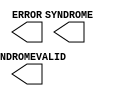
// $Header: /devl/xcs/repo/env/Databases/CAEInterfaces/verunilibs/data/virtex4/FRAME_ECC_VIRTEX4.v,v 1.3 2004/03/31 22:39:42 patrickp Exp $
///////////////////////////////////////////////////////////////////////////////
// Copyright (c) 1995/2004 Xilinx, Inc.
// All Right Reserved.
///////////////////////////////////////////////////////////////////////////////
//   ____  ____
//  /   /\/   /
// /___/  \  /    Vendor : Xilinx
// \   \   \/     Version : 10.1
//  \   \         Description : Xilinx Functional Simulation Library Component
//  /   /                  
// /___/   /\     Filename : FRAME_ECC_VIRTEX4.v
// \   \  /  \    Timestamp : Thu Mar 25 16:43:44 PST 2004
//  \___\/\___\
//
// Revision:
//    03/23/04 - Initial version.

`timescale  1 ps / 1 ps

module FRAME_ECC_VIRTEX4 (ERROR, SYNDROME, SYNDROMEVALID);

    output ERROR;
    output [11:0] SYNDROME;
    output SYNDROMEVALID;
    
endmodule // FRAME_ECC_VIRTEX4